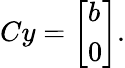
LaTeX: Cy={\left[\begin{array}{l}{b}\\ {0}\end{array}\right]}.